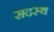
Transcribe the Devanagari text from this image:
सदस्थ